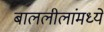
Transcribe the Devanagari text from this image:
बाललीलांमध्ये